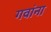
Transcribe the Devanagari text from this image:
गवांना